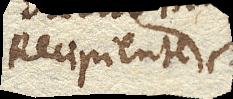
Recipiente